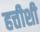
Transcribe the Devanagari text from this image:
हत्तीशी